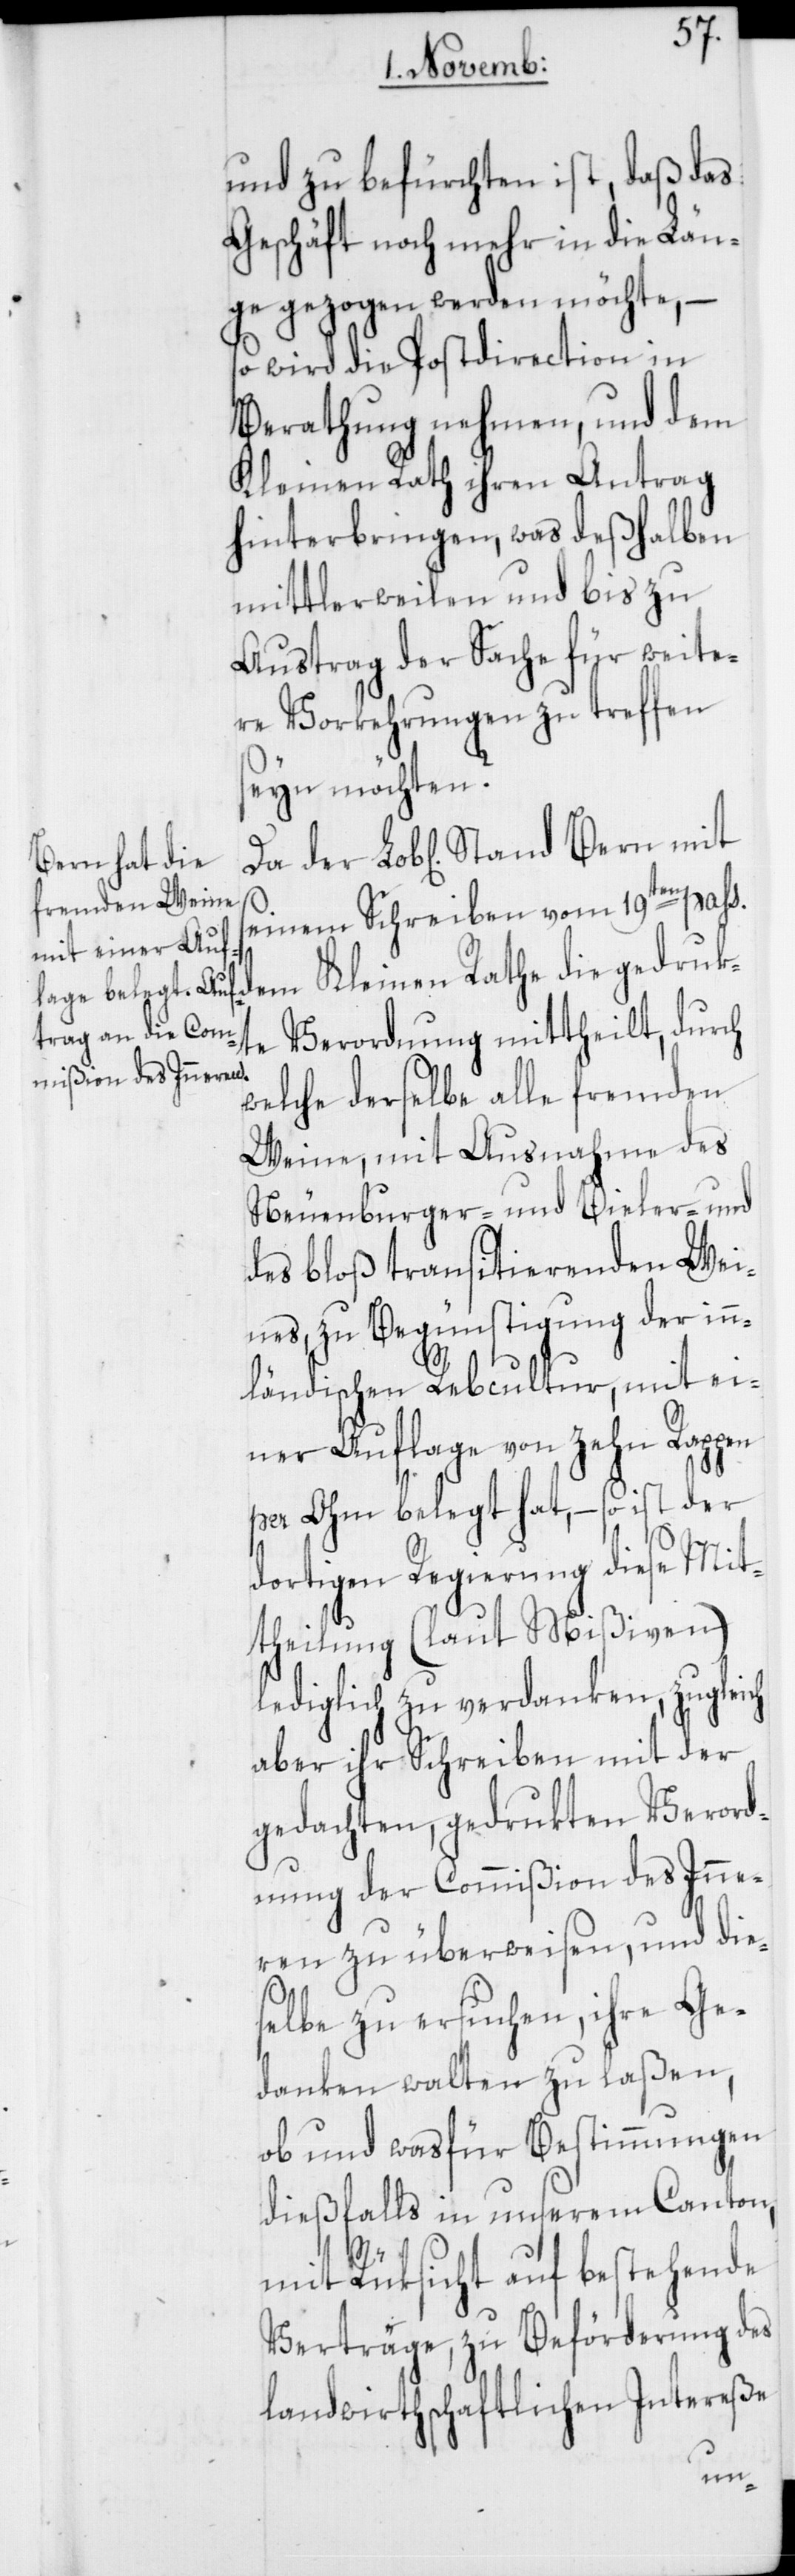
und zu befürchten ist, daß das
Geschäft noch mehr in die Län¬
ge gezogen werden möchte, –
so wird die Postdirection in
Berathung nehmen, und dem
Kleinen Rath ihren Antrag
hinterbringen, was deßhalben
mittlerweilen und bis zu
Austrag der Sache für weite¬
re Vorkehrungen zu treffen
seyn möchten?
seinem Schreiben vom 19ten pass.
dem Kleinen Rathe die gedrukt¬
e Verordnung mittheilt, durch
welche derselbe alle fremden
Weine, mit Ausnahme des
Neuenburger- und Bieler- und
des bloß transitierenden Wei¬
nes, zu Begünstigung der in¬
ländischen Rebcultur, mit ei¬
ner Auflage von zehn Rappen
per Ohm belegt hat, – so ist der
dortigen Regierung diese Mit¬
theilung (laut Mißiven)
lediglich zu verdanken, zugleich
aber ihr Schreiben mit der
gedachten, gedrukten Verord¬
nung der Commißion des Inne¬
ren zu überweisen, und die¬
selbe zu ersuchen, ihre Ge¬
danken walten zu laßen,
ob und was für Bestimmungen
dießfalls in unseren Canton,
Stand
mit Rüksicht auf bestehende
Verträge, zu Beförderung des
landwirthschaftlichen Intereße
mit